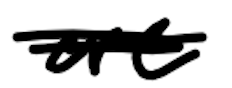
Text: are
Cross-out: mix
Writing tool: digital_black